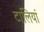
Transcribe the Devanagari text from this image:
टालियां